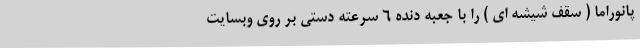
پانوراما ( سقف شیشه ای ) را با جعبه دنده ۶ سرعته دستی بر روی وبسایت